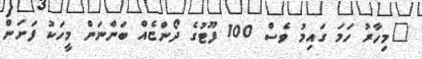
"މިހާރު ހަމަ ގައިމު ވެސް 100 ފޫޓުގެ ދޯންޏެއް ބަންނަން މީހަކު ފަށަން